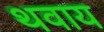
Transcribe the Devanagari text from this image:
थवाय